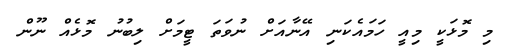
މި މޮޅަކީ މިއީ ހަމައެކަނި އޭނާއަށް ނުވަތަ ޓީމަށް ލިބުނު މޮޅެއް ނޫން